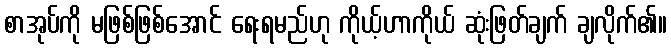
စာအုပ်ကို မဖြစ်ဖြစ်အောင် ရေးရမည်ဟု ကိုယ့်ဟာကိုယ် ဆုံးဖြတ်ချက် ချလိုက်၏။